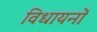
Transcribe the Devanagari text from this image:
विधायनों